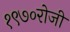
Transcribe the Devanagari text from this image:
१९७०रोजी